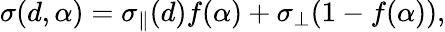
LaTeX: \sigma(d,\alpha)=\sigma_{\parallel}(d)f(\alpha)+\sigma_{\perp}(1-f(\alpha)),